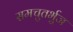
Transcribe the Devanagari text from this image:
समचुतर्भुज